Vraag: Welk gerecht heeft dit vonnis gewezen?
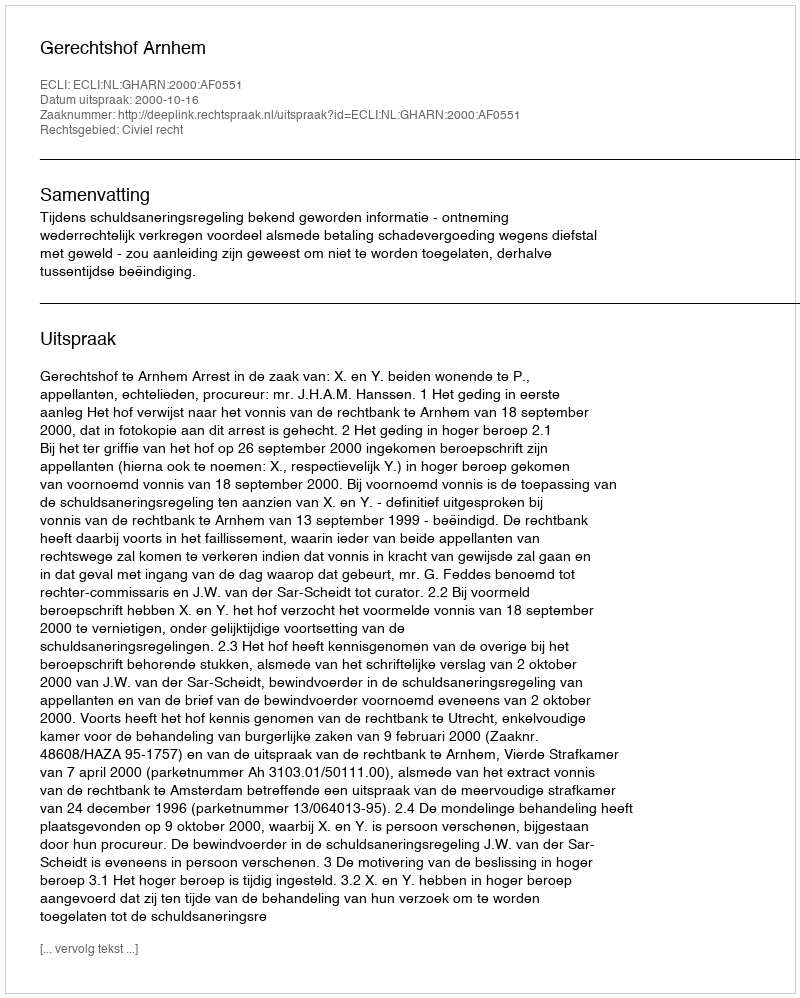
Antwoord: Gerechtshof Arnhem